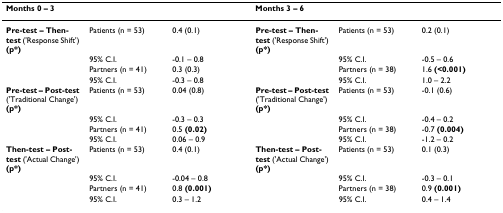
| Months 0 – 3 |  |  | Months 3 – 6 |  |  |
 | --- | --- | --- | --- | --- | --- |
 | Pre-test – Then-test ('Response Shift') (p*) | Patients (n = 53) | 0.4 (0.1) | Pre-test – Then-test ('Response Shift') (p*) | Patients (n = 53) | 0.2 (0.1) |
 |  | 95% C.I. | -0.1 – 0.8 |  | 95% C.I. | -0.5 – 0.6 |
 |  | Partners (n = 41) | 0.3 (0.3) |  | Partners (n = 38) | 1.6 (<0.001) |
 |  | 95% C.I. | -0.3 – 0.8 |  | 95% C.I. | 1.0 – 2.2 |
 | Pre-test – Post-test ('Traditional Change') (p*) | Patients (n = 53) | 0.04 (0.8) | Pre-test – Post-test ('Traditional Change') (p*) | Patients (n = 53) | -0.1 (0.6) |
 |  | 95% C.I. | -0.3 – 0.3 |  | 95% C.I. | -0.4 – 0.2 |
 |  | Partners (n = 41) | 0.5 (0.02) |  | Partners (n = 38) | -0.7 (0.004) |
 |  | 95% C.I. | 0.06 – 0.9 |  | 95% C.I. | -1.2 – 0.2 |
 | Then-test – Post-test ('Actual Change') (p*) | Patients (n = 53) | 0.4 (0.1) | Then-test – Post-test ('Actual Change') (p*) | Patients (n = 53) | 0.1 (0.3) |
 |  | 95% C.I. | -0.04 – 0.8 |  | 95% C.I. | -0.3 – 0.1 |
 |  | Partners (n = 41) | 0.8 (0.001) |  | Partners (n = 38) | 0.9 (0.001) |
 |  | 95% C.I. | 0.3 – 1.2 |  | 95% C.I. | 0.4 – 1.4 |